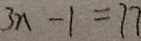
3 n - 1 = 7 7